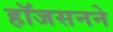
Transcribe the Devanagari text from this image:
हॉजसनने